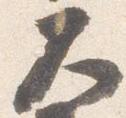
大